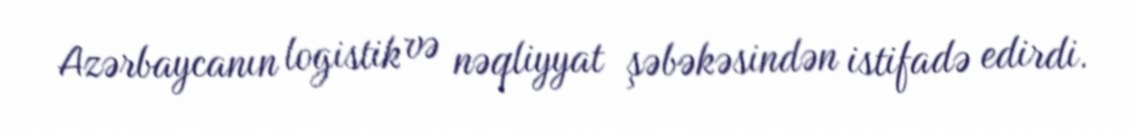
Azərbaycanın logistik və nəqliyyat şəbəkəsindən istifadə edirdi.